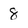
Character: 8